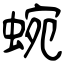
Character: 蜿